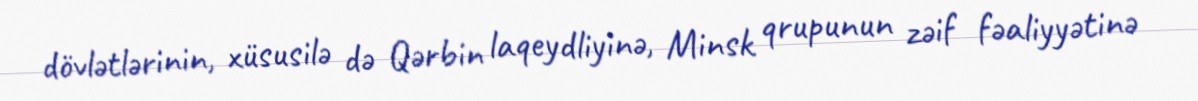
dövlətlərinin, xüsusilə də Qərbin laqeydliyinə, Minsk qrupunun zəif fəaliyyətinə